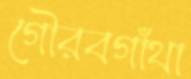
গৌরবগাঁথা